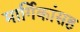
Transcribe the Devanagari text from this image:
मार्गिकांसह